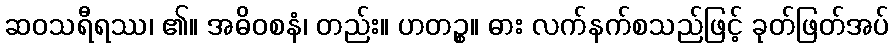
ဆဝသရီရဿ၊ ၏။ အဓိဝစနံ၊ တည်း။ ဟတဉ္စ။ ဓား လက်နက်စသည်ဖြင့် ခုတ်ဖြတ်အပ်